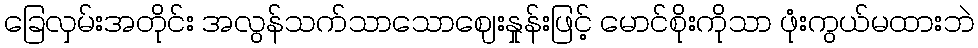
ခြေလှမ်းအတိုင်း အလွန်သက်သာသောဈေးနှုန်းဖြင့် မောင်စိုးကိုသာ ဖုံးကွယ်မထားဘဲ